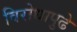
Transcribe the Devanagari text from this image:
विरोधापुढे